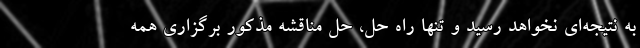
به نتیجه‌ای نخواهد رسید و تنها راه حل، حل مناقشه مذکور برگزاری همه